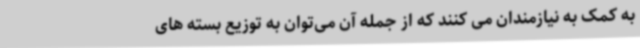
به کمک به نیازمندان می کنند که از جمله آن می‌توان به توزیع بسته های